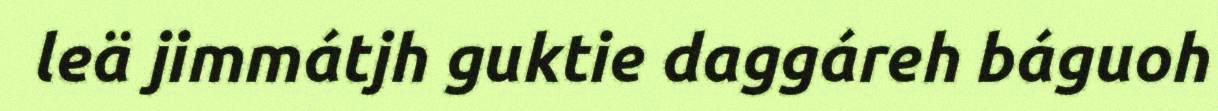
leä jimmátjh guktie daggáreh báguoh